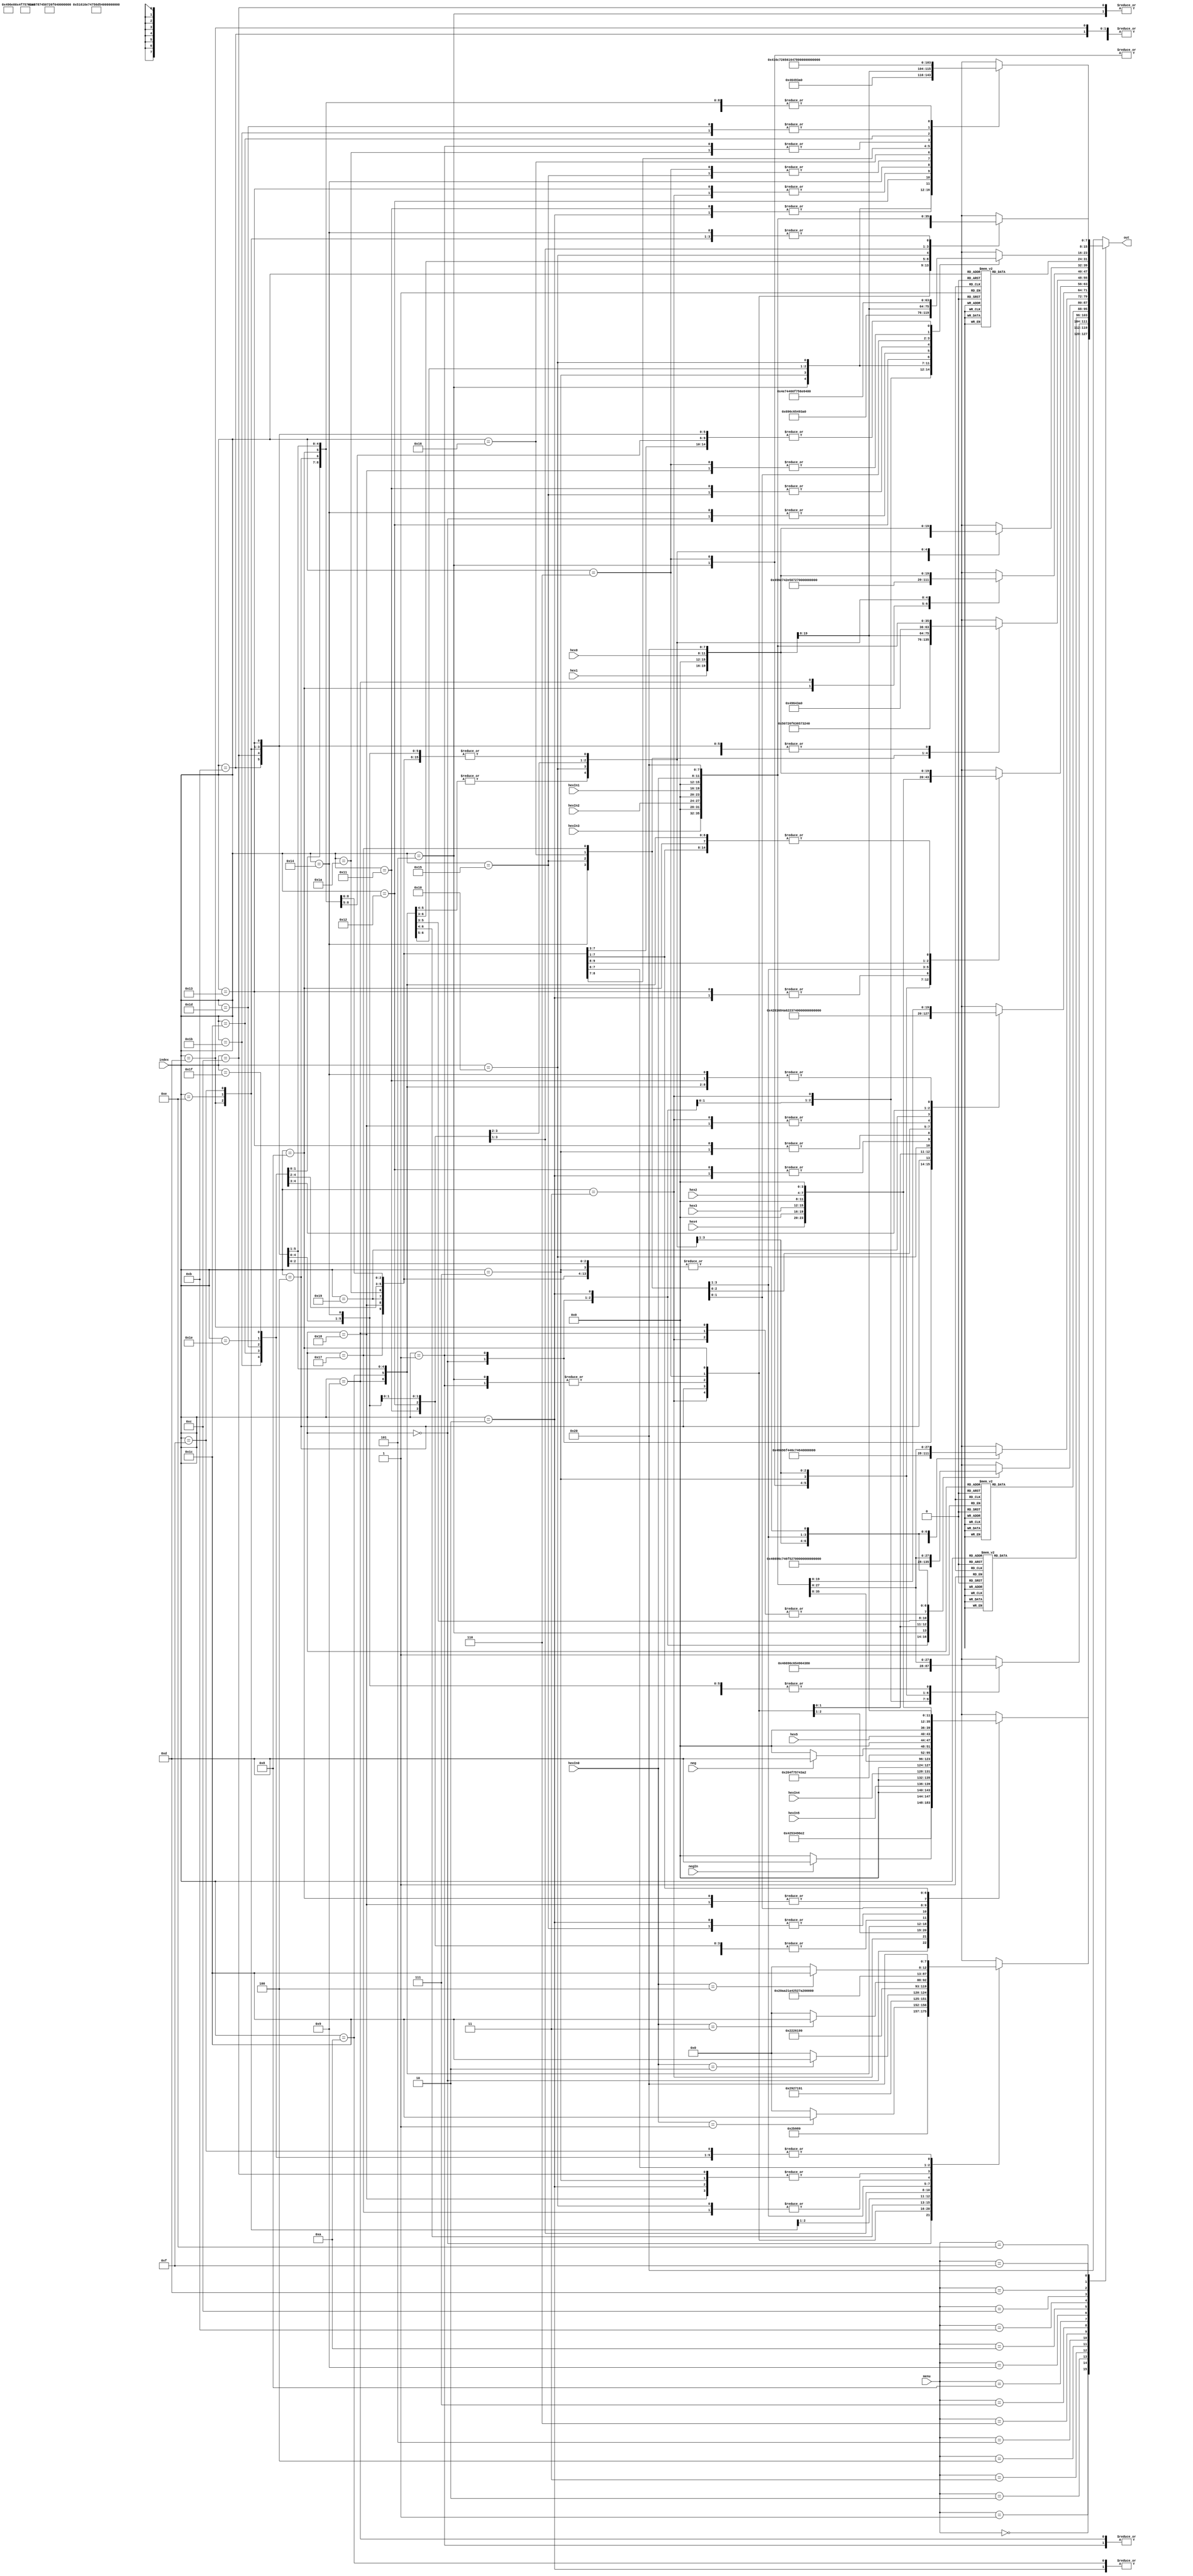
module LCD_display_string(index,out,hex0,hex1,hex2,hex3,hex4,hex5,hexIn0,hexIn1,hexIn2,hexIn3,hexIn4,hexIn5,neg, negIn, menu);

input neg, negIn;
input [4:0] index, menu;
input [3:0] hex0,hex1,hex2,hex3,hex4, hex5;
input [3:0] hexIn0,hexIn1,hexIn2,hexIn3,hexIn4,hexIn5;
output [7:0] out;
reg [7:0] out;
// ASCII hex values for LCD Display
// Enter Live Hex Data Values from hardware here
// LCD DISPLAYS THE FOLLOWING:
//----------------------------
//| Count=XX                  |
//| DE2                       |
//----------------------------
// Line 1
   always
	case (menu)
	5'b00000:
	begin
		case(index)
			5'h00: out <= 8'h42;
			5'h01: out <= 8'h49;
			5'h02: out <= 8'h4F;
			5'h03: out <= 8'h53;
			5'h04: out <= 8'h20;
			5'h05: out <= 8'h49;
			5'h06: out <= 8'h6E;
			5'h07: out <= 8'h20;
			5'h08: out <= 8'h3A;
			5'h09: begin 
			if( negIn )
				out <= 8'h2D;
			else
				out <= 8'h20;
			end
			5'h0A: out <= {4'h0, hexIn5};
			5'h0B: out <= {4'h0, hexIn4};
			5'h0C: out <= {4'h0, hexIn3};
			5'h0D: out <= {4'h0, hexIn2};
			5'h0E: out <= {4'h0, hexIn1};
			5'h0F: out <= {4'h0, hexIn0};
			5'h10: out <= 8'h20;
			5'h11: out <= 8'h20;
			5'h12: out <= 8'h20;
			5'h13: out <= 8'h20;
			5'h14: out <= 8'h20;
			5'h15: out <= 8'h4F;
			5'h16: out <= 8'h75;
			5'h17: out <= 8'h74;
			5'h18: out <= 8'h3A;
			5'h19: begin 
			if( neg )
				out <= 8'h2D;
			else
				out <= 8'h20;
			end
			5'h1A: out <= {4'h0, hex5};
			5'h1B: out <= {4'h0, hex4};
			5'h1C: out <= {4'h0, hex3};
			5'h1D: out <= {4'h0, hex2};
			5'h1E: out <= {4'h0, hex1};
			5'h1F: out <= {4'h0, hex0};
			default: out <= 8'h20;
		endcase
	end
	5'b00001:
	begin
		case (index)
			5'h00: out <= 8'h57;
			5'h01: out <= 8'h52;
			5'h02: out <= 8'h3A;
			5'h03: out <= 8'h31;
			5'h04: begin
			if( hexIn0 == 4'b0001 )
				out <= 8'h3C;
			else 
				out <= 8'h20;
			end
			5'h05: out <= 8'h52;
			5'h06: out <= 8'h4E;
			5'h07: out <= 8'h3A;
			5'h08: out <= 8'h32;
			5'h09: begin
			if( hexIn0 == 4'b0010 )
				out <= 8'h3C;
			else 
				out <= 8'h20;
			end
			5'h0A: out <= 8'h44;
			5'h0B: out <= 8'h4C;
			5'h0C: out <= 8'h3A;
			5'h0D: out <= 8'h33;
			5'h0E: begin
			if( hexIn0 == 4'b0011 )
				out <= 8'h3C;
			else 
				out <= 8'h20;
			end
			5'h0F: out <= 8'h20;
			5'h10: out <= 8'h42;
			5'h11: out <= 8'h41;
			5'h12: out <= 8'h54;
			5'h13: out <= 8'h43;
			5'h14: out <= 8'h48;
			5'h15: out <= 8'h4A;
			5'h16: out <= 8'h4F;
			5'h17: out <= 8'h42;
			5'h18: out <= 8'h3A;
			5'h19: out <= 8'h34;
			5'h1A:  begin
			if( hexIn0 == 4'b0100 )
				out <= 8'h3C;
			else 
				out <= 8'h20;
			end
			5'h1B: out <= 8'h20;
			5'h1C: out <= 8'h20;
			5'h1D: out <= 8'h20;
			5'h1E: out <= 8'h20;
			5'h1F: out <= 8'h20;
			default: out <= 8'h20;
		endcase
	end
	5'b00010: // Write A
	begin
		case (index)
			5'h00: out <= 8'h46;
			5'h01: out <= 8'h69;
			5'h02: out <= 8'h6C;
			5'h03: out <= 8'h65;
			5'h04: out <= 8'h20;
			5'h05: out <= 8'h49;
			5'h06: out <= 8'h64;
			5'h07: out <= 8'h3A;
			5'h08: out <= 8'h20;
			5'h09: out <= 8'h20;
			5'h0A: out <= 8'h20;
			5'h0B: out <= 8'h20;
			5'h0C: out <= 8'h20;
			5'h0D: out <= 8'h20;
			5'h0E: out <= 8'h20;
			5'h0F: out <= 8'h20;
			5'h10: out <= {4'h0, hexIn2};
			5'h11: out <= {4'h0, hexIn1};
			5'h12: out <= {4'h0, hexIn0};
			5'h13: out <= 8'h20;
			5'h14: out <= 8'h20;
			5'h15: out <= 8'h20;
			5'h16: out <= 8'h20;
			5'h17: out <= 8'h20;
			5'h18: out <= 8'h20;
			5'h19: out <= 8'h20;
			5'h1A: out <= 8'h20;
			5'h1B: out <= 8'h20;
			5'h1C: out <= 8'h20;
			5'h1D: out <= 8'h20;
			5'h1E: out <= 8'h20;
			5'h1F: out <= 8'h20;
			default: out <= 8'h20;
		endcase
	end
	5'b00011: // Write B
	begin
		case (index)
			5'h00: out <= 8'h57;
			5'h01: out <= 8'h72;
			5'h02: out <= 8'h69;
			5'h03: out <= 8'h74;
			5'h04: out <= 8'h69;
			5'h05: out <= 8'h6E;
			5'h06: out <= 8'h67;
			5'h07: out <= 8'h20;
			5'h08: out <= 8'h46;
			5'h09: out <= 8'h69;
			5'h0A: out <= 8'h6C;
			5'h0B: out <= 8'h65;
			5'h0C: out <= 8'h2E;
			5'h0D: out <= 8'h2E;
			5'h0E: out <= 8'h2E;
			5'h0F: out <= 8'h20;
			5'h10: out <= 8'h20;
			5'h11: out <= 8'h20;
			5'h12: out <= 8'h20;
			5'h13: out <= 8'h20;
			5'h14: out <= 8'h20;
			5'h15: out <= 8'h20;
			5'h16: out <= 8'h20;
			5'h17: out <= 8'h20;
			5'h18: out <= 8'h20;
			5'h19: out <= 8'h20;
			5'h1A: out <= 8'h20;
			5'h1B: out <= 8'h20;
			5'h1C: out <= 8'h20;
			5'h1D: out <= 8'h20;
			5'h1E: out <= 8'h20;
			5'h1F: out <= 8'h20;
			default: out <= 8'h20;
		endcase
	end
	5'b00100: // Write C
	begin
		case (index)
			5'h00: out <= 8'h43;
			5'h01: out <= 8'h6F;
			5'h02: out <= 8'h6E;
			5'h03: out <= 8'h74;
			5'h04: out <= 8'h69;
			5'h05: out <= 8'h6E;
			5'h06: out <= 8'h75;
			5'h07: out <= 8'h65;
			5'h08: out <= 8'h3F;
			5'h09: out <= 8'h20;
			5'h0A: out <= 8'h20;
			5'h0B: out <= 8'h20;
			5'h0C: out <= 8'h20;
			5'h0D: out <= 8'h20;
			5'h0E: out <= 8'h20;
			5'h0F: out <= 8'h20;
			5'h10: out <= 8'h31;
			5'h11: out <= 8'h2F;
			5'h12: out <= 8'h79;
			5'h13: out <= 8'h20;
			5'h14: out <= 8'h2D;
			5'h15: out <= 8'h31;
			5'h16: out <= 8'h2F;
			5'h17: out <= 8'h6E;
			5'h18: out <= 8'h20;
			5'h19: out <= 8'h20;
			5'h1A: out <= 8'h20;
			5'h1B: out <= 8'h20;
			5'h1C: out <= 8'h20;
			5'h1D: out <= 8'h20;
			5'h1E: out <= 8'h20;
			5'h1F: out <= 8'h20;

			default: out <= 8'h20;
		endcase
	end
	5'b00101: // Rename
	begin
		case (index)
			5'h00: out <= 8'h46;
			5'h01: out <= 8'h69;
			5'h02: out <= 8'h6C;
			5'h03: out <= 8'h65;
			5'h04: out <= 8'h20;
			5'h05: out <= 8'h74;
			5'h06: out <= 8'h6F;
			5'h07: out <= 8'h20;
			5'h08: out <= 8'h52;
			5'h09: out <= 8'h65;
			5'h0A: out <= 8'h6E;
			5'h0B: out <= 8'h61;
			5'h0C: out <= 8'h6D;
			5'h0D: out <= 8'h65;
			5'h0E: out <= 8'h20;
			5'h0F: out <= 8'h20;
			5'h10: out <= 8'h49;
			5'h11: out <= 8'h64;
			5'h12: out <= 8'h3A;
			5'h13: out <= 8'h20;
			5'h14: out <= {4'h0, hexIn2};
			5'h15: out <= {4'h0, hexIn1};
			5'h16: out <= {4'h0, hexIn0};
			5'h17: out <= 8'h20;
			5'h18: out <= 8'h20;
			5'h19: out <= 8'h20;
			5'h1A: out <= 8'h20;
			5'h1B: out <= 8'h20;
			5'h1C: out <= 8'h20;
			5'h1D: out <= 8'h20;
			5'h1E: out <= 8'h20;
			5'h1F: out <= 8'h20;

			default: out <= 8'h20;
		endcase
	end
	5'b00110: // Delete File
	begin
		case (index)
			5'h00: out <= 8'h46;
			5'h01: out <= 8'h69;
			5'h02: out <= 8'h6C;
			5'h03: out <= 8'h65;
			5'h04: out <= 8'h20;
			5'h05: out <= 8'h74;
			5'h06: out <= 8'h6F;
			5'h07: out <= 8'h20;
			5'h08: out <= 8'h44;
			5'h09: out <= 8'h65;
			5'h0A: out <= 8'h6C;
			5'h0B: out <= 8'h65;
			5'h0C: out <= 8'h74;
			5'h0D: out <= 8'h65;
			5'h0E: out <= 8'h20;
			5'h0F: out <= 8'h20;
			5'h10: out <= 8'h49;
			5'h11: out <= 8'h64;
			5'h12: out <= 8'h3A;
			5'h13: out <= 8'h20;
			5'h14: out <= {4'h0, hexIn2};
			5'h15: out <= {4'h0, hexIn1};
			5'h16: out <= {4'h0, hexIn0};
			5'h17: out <= 8'h20;
			5'h18: out <= 8'h20;
			5'h19: out <= 8'h20;
			5'h1A: out <= 8'h20;
			5'h1B: out <= 8'h20;
			5'h1C: out <= 8'h20;
			5'h1D: out <= 8'h20;
			5'h1E: out <= 8'h20;
			5'h1F: out <= 8'h20;
			default: out <= 8'h20;
		endcase
	end
	
	5'b00111: // Batch Job
	begin
		case (index)
			5'h00: out <= 8'h42;
			5'h01: out <= 8'h61;
			5'h02: out <= 8'h74;
			5'h03: out <= 8'h63;
			5'h04: out <= 8'h68;
			5'h05: out <= 8'h20;
			5'h06: out <= 8'h4A;
			5'h07: out <= 8'h6F;
			5'h08: out <= 8'h62;
			5'h09: out <= 8'h20;
			5'h0A: out <= 8'h20;
			5'h0B: out <= 8'h20;
			5'h0C: out <= 8'h20;
			5'h0D: out <= 8'h20;
			5'h0E: out <= 8'h20;
			5'h0F: out <= 8'h20;
			5'h10: out <= 8'h23;
			5'h11: out <= 8'h20;
			5'h12: out <= 8'h74;
			5'h13: out <= 8'h6F;
			5'h14: out <= 8'h20;
			5'h15: out <= 8'h45;
			5'h16: out <= 8'h78;
			5'h17: out <= 8'h65;
			5'h18: out <= 8'h63;
			5'h19: out <= 8'h3A;
			5'h1A: out <= 8'h20;
			5'h1B: out <= {4'h0, hexIn1};
			5'h1C: out <= {4'h0, hexIn0};
			5'h1D: out <= 8'h20;
			5'h1E: out <= 8'h20;
			5'h1F: out <= 8'h20;
			default: out <= 8'h20;
		 endcase
	end
	5'b01000:
	begin
		case (index)
			5'h00: out <= 8'h49;
			5'h01: out <= 8'h6E;
			5'h02: out <= 8'h3A;
			5'h03: out <= {4'h0, hexIn4};
			5'h04: out <= {4'h0, hexIn3};
			5'h05: out <= {4'h0, hexIn2};
			5'h06: out <= {4'h0, hexIn1};
			5'h07: out <= {4'h0, hexIn0};
			5'h08: out <= 8'h20;
			5'h09: out <= 8'h20;
			5'h0A: out <= 8'h20;
			5'h0B: out <= 8'h20;
			5'h0C: out <= 8'h20;
			5'h0D: out <= 8'h20;
			5'h0E: out <= 8'h20;
			5'h0F: out <= 8'h20;
			5'h10: out <= 8'h4F;
			5'h11: out <= 8'h75;
			5'h12: out <= 8'h74;
			5'h13: out <= 8'h3A;
			5'h14: out <= {4'h0, hex4};
			5'h15: out <= {4'h0, hex3};
			5'h16: out <= {4'h0, hex2};
			5'h17: out <= {4'h0, hex1};
			5'h18: out <= {4'h0, hex0};
			5'h19: out <= 8'h20;
			5'h1A: out <= 8'h20;
			5'h1B: out <= 8'h20;
			5'h1C: out <= 8'h20;
			5'h1D: out <= 8'h20;
			5'h1E: out <= 8'h20;
			5'h1F: out <= 8'h20;
			default: out <= 8'h20;
		 endcase
	end
	5'b01001: // Process Select
	begin
		case (index)
			5'h00: out <= 8'h50;
			5'h01: out <= 8'h72;
			5'h02: out <= 8'h6F;
			5'h03: out <= 8'h63;
			5'h04: out <= 8'h65;
			5'h05: out <= 8'h73;
			5'h06: out <= 8'h73;
			5'h07: out <= 8'h20;
			5'h08: out <= 8'h23;
			5'h09: out <= {4'h0, hex1};
			5'h0A: out <= {4'h0, hex0};
			5'h0B: out <= 8'h20;
			5'h0C: out <= 8'h20;
			5'h0D: out <= 8'h20;
			5'h0E: out <= 8'h20;
			5'h0F: out <= 8'h20;
			5'h10: out <= 8'h49;
			5'h11: out <= 8'h64;
			5'h12: out <= 8'h3A;
			5'h13: out <= 8'h20;
			5'h14: out <= {4'h0, hexIn3};
			5'h15: out <= {4'h0, hexIn2};
			5'h16: out <= {4'h0, hexIn1};
			5'h17: out <= {4'h0, hexIn0};
			5'h18: out <= 8'h20;
			5'h19: out <= 8'h20;
			5'h1A: out <= 8'h20;
			5'h1B: out <= 8'h20;
			5'h1C: out <= 8'h20;
			5'h1D: out <= 8'h20;
			5'h1E: out <= 8'h20;
			5'h1F: out <= 8'h20;
			default: out <= 8'h20;
		 endcase
	end
	5'b01010: // Int Process
	begin
		case (index)
			5'h00: out <= 8'h49;
			5'h01: out <= 8'h6E;
			5'h02: out <= 8'h74;
			5'h03: out <= 8'h2E;
			5'h04: out <= 8'h20;
			5'h05: out <= 8'h50;
			5'h06: out <= 8'h72;
			5'h07: out <= 8'h6F;
			5'h08: out <= 8'h63;
			5'h09: out <= 8'h65;
			5'h0A: out <= 8'h73;
			5'h0B: out <= 8'h73;
			5'h0C: out <= 8'h20;
			5'h0D: out <= 8'h20;
			5'h0E: out <= 8'h20;
			5'h0F: out <= 8'h20;
			5'h10: out <= 8'h23;
			5'h11: out <= {4'h0, hex1};
			5'h12: out <= {4'h0, hex0};
			5'h13: out <= 8'h20;
			5'h14: out <= 8'h20;
			5'h15: out <= 8'h20;
			5'h16: out <= 8'h20;
			5'h17: out <= 8'h20;
			5'h18: out <= 8'h20;
			5'h19: out <= 8'h20;
			5'h1A: out <= 8'h20;
			5'h1B: out <= 8'h20;
			5'h1C: out <= 8'h20;
			5'h1D: out <= 8'h20;
			5'h1E: out <= 8'h20;
			5'h1F: out <= 8'h20;
			default: out <= 8'h20;
		 endcase
	end
	5'b01011: // Next Process
	begin
		case (index)
			5'h00: out <= 8'h4E;
			5'h01: out <= 8'h65;
			5'h02: out <= 8'h78;
			5'h03: out <= 8'h74;
			5'h04: out <= 8'h20;
			5'h05: out <= 8'h50;
			5'h06: out <= 8'h72;
			5'h07: out <= 8'h6F;
			5'h08: out <= 8'h63;
			5'h09: out <= 8'h65;
			5'h0A: out <= 8'h73;
			5'h0B: out <= 8'h73;
			5'h0C: out <= 8'h20;
			5'h0D: out <= 8'h20;
			5'h0E: out <= 8'h20;
			5'h0F: out <= 8'h20;
			5'h10: out <= 8'h23;
			5'h11: out <= {4'h0, hex1};
			5'h12: out <= {4'h0, hex0};
			5'h13: out <= 8'h20;
			5'h14: out <= 8'h20;
			5'h15: out <= 8'h20;
			5'h16: out <= 8'h20;
			5'h17: out <= 8'h20;
			5'h18: out <= 8'h20;
			5'h19: out <= 8'h20;
			5'h1A: out <= 8'h20;
			5'h1B: out <= 8'h20;
			5'h1C: out <= 8'h20;
			5'h1D: out <= 8'h20;
			5'h1E: out <= 8'h20;
			5'h1F: out <= 8'h20;
			default: out <= 8'h20;
		 endcase
	end
	5'b01100: // Confirm Write
	begin
		case (index)
			5'h00: out <= 8'h43;
			5'h01: out <= 8'h6F;
			5'h02: out <= 8'h6E;
			5'h03: out <= 8'h66;
			5'h04: out <= 8'h69;
			5'h05: out <= 8'h72;
			5'h06: out <= 8'h6D;
			5'h07: out <= 8'h20;
			5'h08: out <= 8'h57;
			5'h09: out <= 8'h72;
			5'h0A: out <= 8'h69;
			5'h0B: out <= 8'h74;
			5'h0C: out <= 8'h65;
			5'h0D: out <= 8'h3F;
			5'h0E: out <= 8'h20;
			5'h0F: out <= 8'h20;
			5'h10: out <= 8'h31;
			5'h11: out <= 8'h2F;
			5'h12: out <= 8'h79;
			5'h13: out <= 8'h20;
			5'h14: out <= 8'h30;
			5'h15: out <= 8'h2F;
			5'h16: out <= 8'h6E;
			5'h17: out <= 8'h20;
			5'h18: out <= 8'h20;
			5'h19: out <= 8'h20;
			5'h1A: out <= 8'h20;
			5'h1B: out <= 8'h20;
			5'h1C: out <= 8'h20;
			5'h1D: out <= 8'h20;
			5'h1E: out <= 8'h20;
			5'h1F: out <= 8'h20;
			default: out <= 8'h20;
		 endcase
	end
	5'b01101: // File Not Found
	begin
		case(index)
			5'h00: out <= 8'h46;
			5'h01: out <= 8'h69;
			5'h02: out <= 8'h6C;
			5'h03: out <= 8'h65;
			5'h04: out <= 8'h20;
			5'h05: out <= 8'h49;
			5'h06: out <= 8'h64;
			5'h07: out <= 8'h3A;
			5'h08: out <= 8'h20;
			5'h09: out <= {4'h0, hex1};
			5'h0A: out <= {4'h0, hex0};
			5'h0B: out <= 8'h20;
			5'h0C: out <= 8'h20;
			5'h0D: out <= 8'h20;
			5'h0E: out <= 8'h20;
			5'h0F: out <= 8'h20;
			5'h10: out <= 8'h4E;
			5'h11: out <= 8'h6F;
			5'h12: out <= 8'h74;
			5'h13: out <= 8'h20;
			5'h14: out <= 8'h46;
			5'h15: out <= 8'h6F;
			5'h16: out <= 8'h75;
			5'h17: out <= 8'h6E;
			5'h18: out <= 8'h64;
			5'h19: out <= 8'h20;
			5'h1A: out <= 8'h20;
			5'h1B: out <= 8'h20;
			5'h1C: out <= 8'h20;
			5'h1D: out <= 8'h20;
			5'h1E: out <= 8'h20;
			5'h1F: out <= 8'h20;
			default: out <= 8'h20;
		endcase
	end

	5'b01110: // File Already Exists
        begin
                case (index)
			5'h00: out <= 8'h46;
			5'h01: out <= 8'h69;
			5'h02: out <= 8'h6C;
			5'h03: out <= 8'h65;	
			5'h04: out <= 8'h20;
			5'h05: out <= 8'h49;
			5'h06: out <= 8'h64;
			5'h07: out <= 8'h3A;
			5'h08: out <= 8'h20;
			5'h09: out <= {4'h0, hex1};
			5'h0A: out <= {4'h0, hex0};
			5'h0B: out <= 8'h20;
			5'h0C: out <= 8'h20;
			5'h0D: out <= 8'h20;
			5'h0E: out <= 8'h20;
			5'h0F: out <= 8'h20;
			5'h10: out <= 8'h41;
			5'h11: out <= 8'h6C;
			5'h12: out <= 8'h72;
			5'h13: out <= 8'h65;	
			5'h14: out <= 8'h61;
			5'h15: out <= 8'h64;
			5'h16: out <= 8'h79;
			5'h17: out <= 8'h20;
			5'h18: out <= 8'h45;
			5'h19: out <= 8'h78;
			5'h1A: out <= 8'h69;
			5'h1B: out <= 8'h73;
			5'h1C: out <= 8'h74;
			5'h1D: out <= 8'h73;
			5'h1E: out <= 8'h20;
			5'h1F: out <= 8'h20;
			default: out <= 8'h20;
      endcase
   end
	
	5'b01111: // Set Quantum
        begin
         case (index)
			5'h00: out <= 8'h51;
			5'h01: out <= 8'h75;
			5'h02: out <= 8'h61;
			5'h03: out <= 8'h6E;
			5'h04: out <= 8'h74;
			5'h05: out <= 8'h75;
			5'h06: out <= 8'h6D;
			5'h07: out <= 8'h20;
			5'h08: out <= 8'h53;
			5'h09: out <= 8'h69;
			5'h0A: out <= 8'h7A;
			5'h0B: out <= 8'h65;
			5'h0C: out <= 8'h3A;
			5'h0D: out <= 8'h20;
			5'h0E: out <= 8'h20;
			5'h0F: out <= 8'h20;
			5'h10: out <= {4'h0, hexIn3};
			5'h11: out <= {4'h0, hexIn2};
			5'h12: out <= {4'h0, hexIn1};
			5'h13: out <= {4'h0, hexIn0};
			5'h14: out <= 8'h20;
			5'h15: out <= 8'h20;
			5'h16: out <= 8'h20;
			5'h17: out <= 8'h20;
			5'h18: out <= 8'h20;
			5'h19: out <= 8'h20;
			5'h1A: out <= 8'h20;
			5'h1B: out <= 8'h20;
			5'h1C: out <= 8'h20;
			5'h1D: out <= 8'h20;
			5'h1E: out <= 8'h20;
			5'h1F: out <= 8'h20;
			default: out <= 8'h20;
      endcase
   end


		default:
		begin
			case( index )
			default: out <= 8'h20;
			endcase
		end
	endcase
endmodule